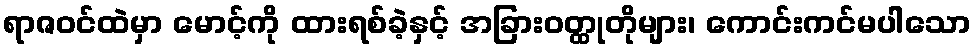
ရာဇဝင်ထဲမှာ မောင့်ကို ထားရစ်ခဲ့နှင့် အခြားဝတ္ထုတိုများ၊ ကောင်းကင်မပါသော